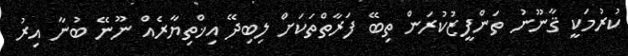
ކުރުމަކީ ޤާނޫނު ތަންފީޒުކުރަން ތިބޭ ފަރާތްތަކަށް ލިބިދޭ އިޚްތިޔާރެއް ނޫނޭ ބުނާ އިރު